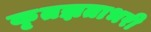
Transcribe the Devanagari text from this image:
कृतज्ञताभरी